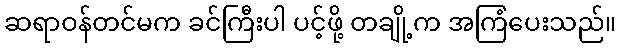
ဆရာဝန်တင်မက ခင်ကြီးပါ ပင့်ဖို့ တချို့က အကြံပေးသည်။